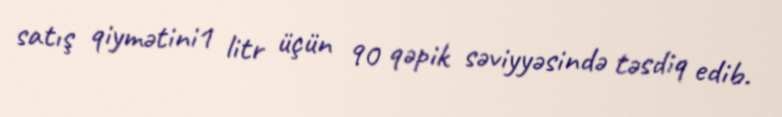
satış qiymətini1 litr üçün 90 qəpik səviyyəsində təsdiq edib.